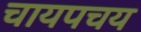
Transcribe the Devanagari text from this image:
चायपचय